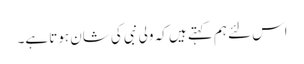
اس لئے ہم کہتے ہیں کہ ولی نبی کی شان ہوتا ہے۔